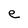
Character: e